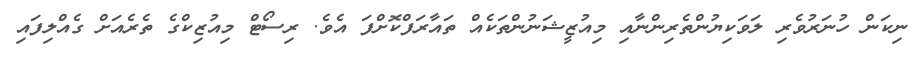
ނިކަން ހުނަރުވެރި ލަވަކިޔުންތެރިންނާއި މިއުޒީޝަނުންތަކެއް ތައާރަފްކޮށްފަ އެވެ. ރިސޯޓް މިއުޒިކްގެ ތެރެއަށް ގެއްލިފައި